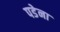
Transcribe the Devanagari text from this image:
पडेना